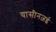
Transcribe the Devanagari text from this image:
यासीनज़ई